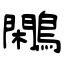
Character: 鷴